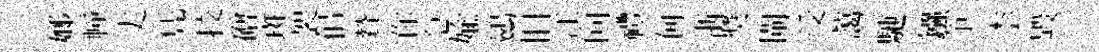
嫏幢丈凭挍磳斑袈佀贊你急媮鷀旧江向禮何浙奬閘受藹馳鏹争柰毀